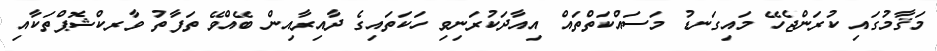
މަޤާމުގައި ކުރަންޖެހޭ މައިގަނޑު މަސައްކަތްތައް އިއާދަކުރަނިވި ހަކަތައިގެ ދާއިރާއިން ބޭއްވޭ ތަފާތު ވާރކްޝޮޕްތަކާއި